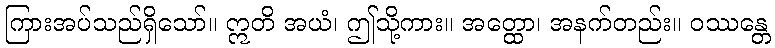
ကြားအပ်သည်ရှိသော်။ ဣတိ အယံ၊ ဤသို့ကား။ အတ္ထော၊ အနက်တည်း။ ဝဿန္တေ